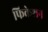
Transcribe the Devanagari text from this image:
फिकेशन